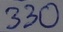
Text: 330